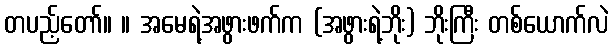
တပည့်တော်။ ။ အမေရဲ့အဖွားဖက်က (အဖွားရဲ့ဘိုး) ဘိုးကြီး တစ်ယောက်လဲ